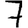
Digit: 7